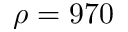
\rho = 9 7 0